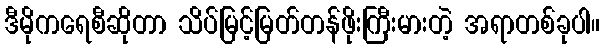
ဒီမိုကရေစီဆိုတာ သိပ်မြင့်မြတ်တန်ဖိုးကြီးမားတဲ့ အရာတစ်ခုပါ။